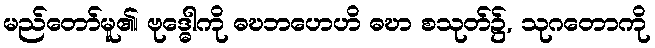
မည်တော်မူ၏၊ ဗုဒ္ဓေါကို ဓဎဘဟေဟိ ဓဎာ စသုတ်၌, သုဂတောကို